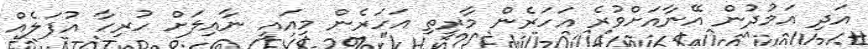
އަދި އަމުދުން އޭނާއަށްވުރެ އަހަރެން މާރީތި އަހަރެން މިއައީ ނާއިލަށް ހުރިހާ އުފަލެއް